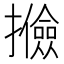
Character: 𢸟